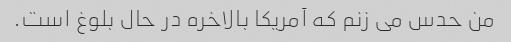
من حدس می زنم که آمریکا بالاخره در حال بلوغ است.